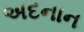
અદનાન